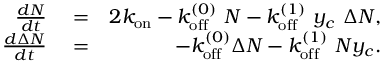
\begin{array} { r l r } { \frac { d N } { d t } } & { { } = } & { 2 k _ { \mathrm { o n } } - k _ { \mathrm { o f f } } ^ { ( 0 ) } \ N - k _ { \mathrm { o f f } } ^ { ( 1 ) } \ y _ { c } \ \Delta N , } \\ { \frac { d \Delta N } { d t } } & { { } = } & { - k _ { \mathrm { o f f } } ^ { ( 0 ) } \Delta N - k _ { \mathrm { o f f } } ^ { ( 1 ) } \ N y _ { c } . } \end{array}